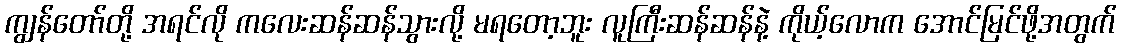
ကျွန်တော်တို့ အရင်လို ကလေးဆန်ဆန်သွားလို့ မရတော့ဘူး လူကြီးဆန်ဆန်နဲ့ ကိုယ့်လောက အောင်မြင်ဖို့အတွက်